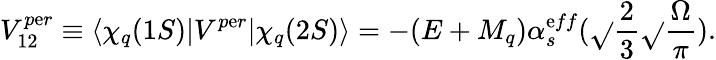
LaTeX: V_{12}^{p\mathrm{e}r}\equiv\langle\chi_{q}(1S)|V^{p\mathrm{e}r}|\chi_{q}(2S)\rangle=-(E+M_{q})\alpha_{s}^{\mathrm{e}ff}(\sqrt{}{{{\frac{{2}}{{3}}}}}\sqrt{}{{\frac{{\Omega}}{{\pi}}}}).